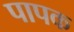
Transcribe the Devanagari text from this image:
पापक